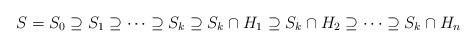
LaTeX: \begin{align*}S=S_0\supseteq S_1 \supseteq \dots \supseteq S_k \supseteq S_k\cap H_1 \supseteq S_k\cap H_2 \supseteq \dots \supseteq S_k\cap H_n\end{align*}